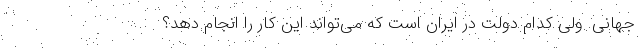
جهانی. ولی کدام دولت در ایران است که می‌تواند این کار را انجام دهد؟